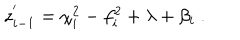
z _ { i - 1 } ^ { ' } = \chi _ { i } ^ { 2 } - f _ { i } ^ { 2 } + \lambda + \beta _ { i } ~ .